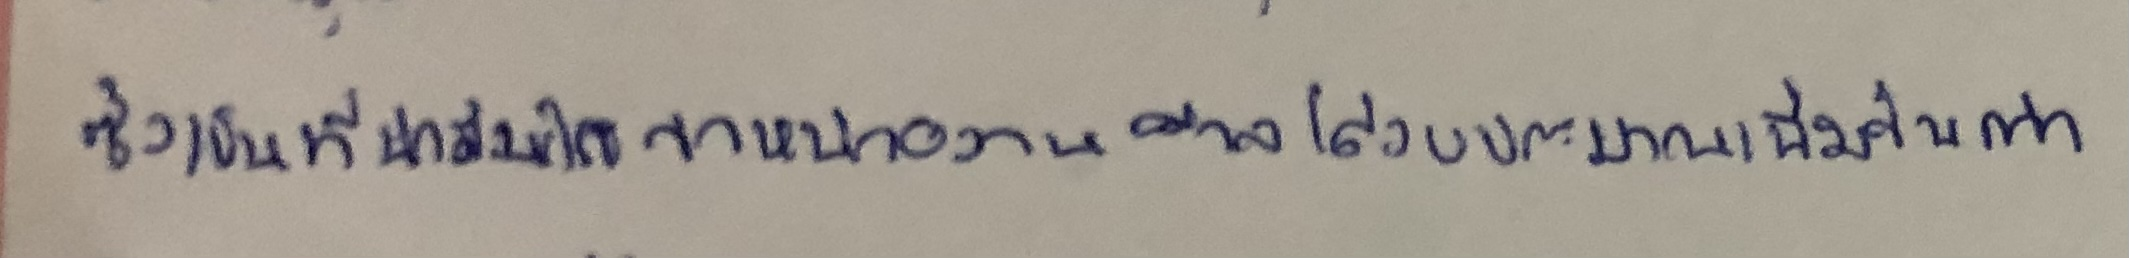
ซึ่งเป็นที่น่าสังเกตว่าหน่วยงานศาลได้งบประมาณเพิ่มขึ้นกว่า